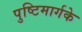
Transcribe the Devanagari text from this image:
पुष्टिमार्गके